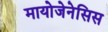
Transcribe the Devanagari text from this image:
मायोजेनेसिस